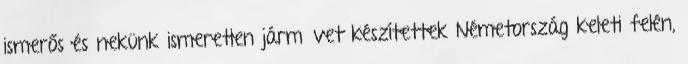
ismerős és nekünk ismeretlen járművet készítettek Németország keleti felén,